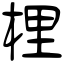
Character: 梩